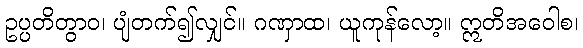
ဥပ္ပတိတွာဝ၊ ပျံတက်၍လျှင်။ ဂဏှာထ၊ ယူကုန်လော့။ ဣတိအဝေါစ၊